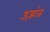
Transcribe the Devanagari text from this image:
उड़ंत